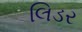
લિડર